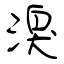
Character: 溴